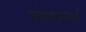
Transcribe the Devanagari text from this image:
लेखनाओं